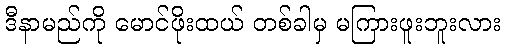
ဒီနာမည်ကို မောင်ဖိုးထယ် တစ်ခါမှ မကြားဖူးဘူးလား